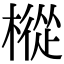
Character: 樅